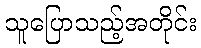
သူပြောသည့်အတိုင်း